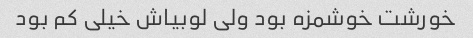
خورشت خوشمزه بود ولی لوبیاش خیلی کم بود